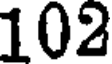
102